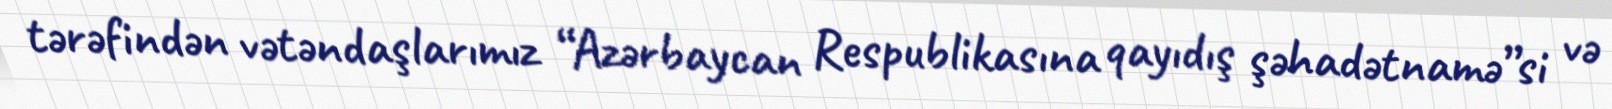
tərəfindən vətəndaşlarımız “Azərbaycan Respublikasına qayıdış şəhadətnamə”si və